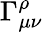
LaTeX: \Gamma_{\mu\nu}^{\rho}